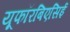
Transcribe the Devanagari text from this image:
यूफॉरबिएसिई